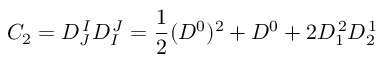
C _ { 2 } = D _ { J } ^ { \, I } D _ { I } ^ { \, J } = { \frac { 1 } { 2 } } ( D ^ { 0 } ) ^ { 2 } + D ^ { 0 } + 2 D _ { 1 } ^ { \, 2 } D _ { 2 } ^ { \, 1 }